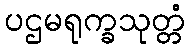
ပဌမရုက္ခသုတ္တံ